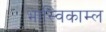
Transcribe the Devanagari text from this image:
भास्विकाम्ल